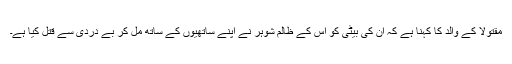
مقتولا کے والد کا کہنا ہے کہ ان کی بیٹی کو اس کے ظالم شوہر نے اپنے ساتھیوں کے ساتھ مل کر بے دردی سے قتل کیا ہے۔